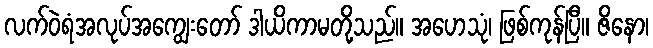
လက်ဝဲရံအလုပ်အကျွေးတော် ဒါယိကာမတို့သည်။ အဟေသုံ၊ ဖြစ်ကုန်ပြီ။ ဇိနော၊